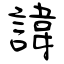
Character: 諱